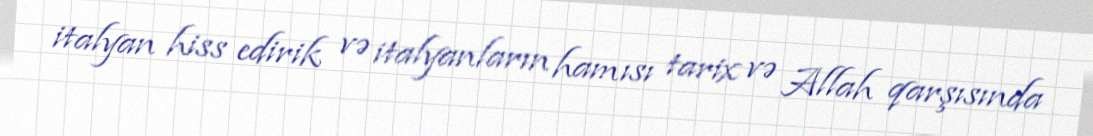
italyan hiss edirik və italyanların hamısı tarix və Allah qarşısında